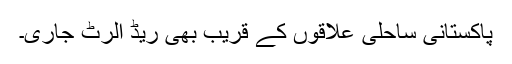
پاکستانی ساحلی علاقوں کے قریب بھی ریڈ الرٹ جاری۔